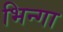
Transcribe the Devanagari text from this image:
भिन्गा